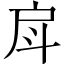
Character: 戽